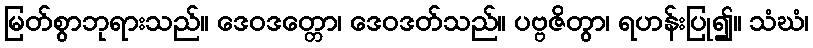
မြတ်စွာဘုရားသည်။ ဒေဝဒတ္တော၊ ဒေဝဒတ်သည်။ ပဗ္ဗဇိတွာ၊ ရဟန်းပြု၍။ သံဃံ၊